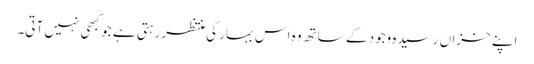
اپنے خزاں رسیدہ وجود کے ساتھ وہ اس بہار کی منتظر رہتی ہے جو کبھی نہیں آتی۔